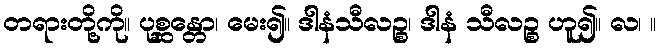
တရားတို့ကို။ ပုစ္ဆန္တော၊ မေး၍။ ဒါနံသီလဉ္စ၊ ဒါနံ သီလဉ္စ ဟူ၍။ လ၊ ။